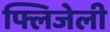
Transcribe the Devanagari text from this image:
फ्लिजेली